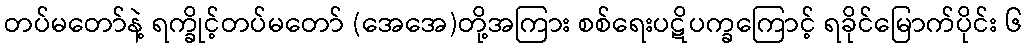
တပ်မတော်နဲ့ ရက္ခိုင့်တပ်မတော် (အေအေ)တို့အကြား စစ်ရေးပဋိပက္ခကြောင့် ရခိုင်မြောက်ပိုင်း ၆